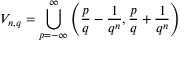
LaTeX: V _ { n , q } = \bigcup _ { p = - \infty } ^ { \infty } \left( { \frac { p } { q } } - { \frac { 1 } { q ^ { n } } } , { \frac { p } { q } } + { \frac { 1 } { q ^ { n } } } \right)